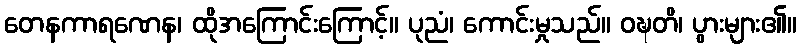
တေနကာရဏေန၊ ထိုအကြောင်းကြောင့်။ ပုညံ၊ ကောင်းမှုသည်။ ဝဍ္ဎတိ၊ ပွားများ၏။